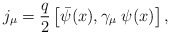
\begin{align*}j_{\mu }=\frac{q}{2}\left[ \bar{\psi}(x),\gamma _{\mu }\;\psi (x)\right] ,\end{align*}